Annual report of the Punjab Veterinary College and of the Civil Veterinary Department, Punjab - 1926-1932
Year: 1926
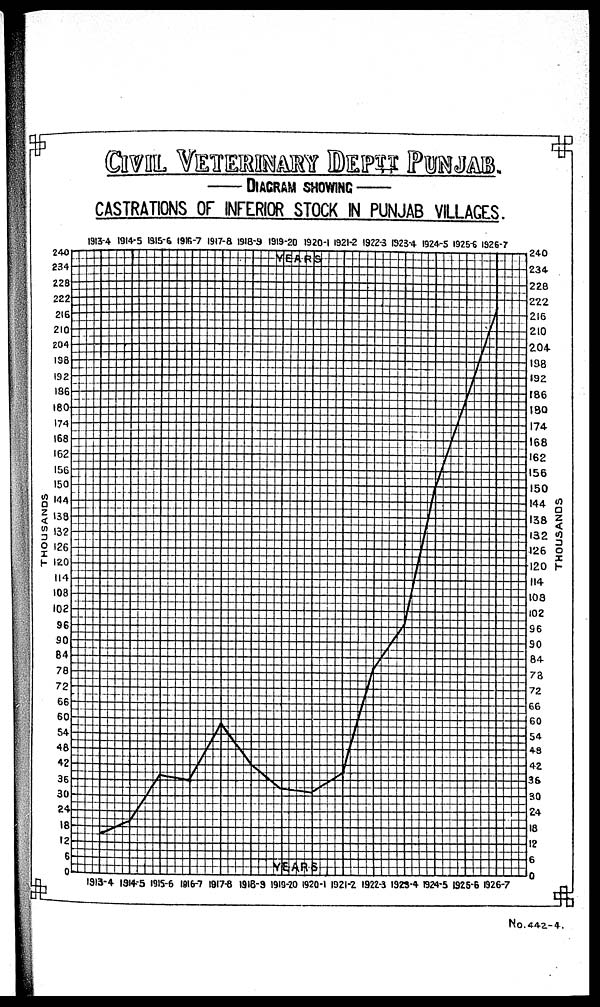
CIVIL VETERINARY DEPTT PUNJAB.
DIAGRAM SHOWING
CASTRATIONS OF INFERIOR STOCK IN PUNJAB VILLAGES.
No.442-4.